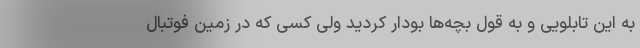
به این تابلویی و به قول بچه‌ها بودار کردید ولی کسی که در زمین فوتبال